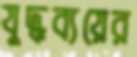
যুদ্ধব্যয়ের